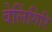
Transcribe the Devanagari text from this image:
वेलिंगिरि